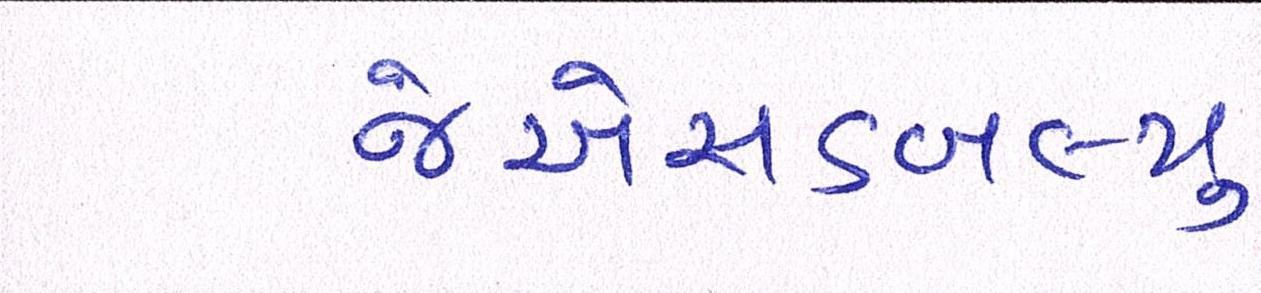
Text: જેએસડબલ્યુ